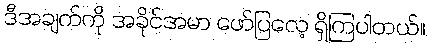
ဒီအချက်ကို အခိုင်အမာ ဖော်ပြလေ့ ရှိကြပါတယ်။